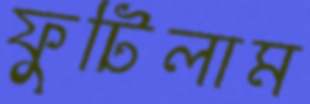
ফুটিলাম